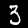
Digit: 3